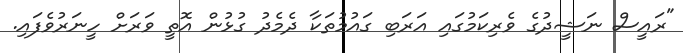
"ރައީސް ނަޝީދުގެ ވެރިކަމުގައި އަރަބި ގައުމުތަކާ ދެމެދު ގުޅުން އޮތީ ވަރަށް ހީނަރުވެފައި.